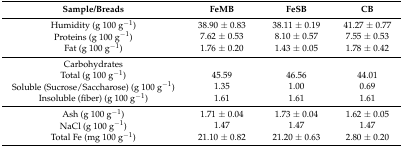
<table><thead><tr><td><b>Sample/Breads</b></td><td><b>FeMB</b></td><td><b>FeSB</b></td><td><b>CB</b></td></tr></thead><tbody><tr><td>Humidity (g 100 g<sup>−1</sup>)</td><td>38.90 ± 0.83</td><td>38.11 ± 0.19</td><td>41.27 ± 0.77</td></tr><tr><td>Proteins (g 100 g<sup>−1</sup>)</td><td>7.62 ± 0.53</td><td>8.10 ± 0.57</td><td>7.55 ± 0.53</td></tr><tr><td>Fat (g 100 g<sup>−1</sup>)</td><td>1.76 ± 0.20</td><td>1.43 ± 0.05</td><td>1.78 ± 0.42</td></tr><tr><td>Carbohydrates</td><td></td><td></td><td></td></tr><tr><td>Total (g 100 g<sup>−1</sup>)</td><td>45.59</td><td>46.56</td><td>44.01</td></tr><tr><td>Soluble (Sucrose/Saccharose) (g 100 g<sup>−1</sup>)</td><td>1.35</td><td>1.00</td><td>0.69</td></tr><tr><td>Insoluble (fiber) (g 100 g<sup>−1</sup>)</td><td>1.61</td><td>1.61</td><td>1.61</td></tr><tr><td>Ash (g 100 g<sup>−1</sup>)</td><td>1.71 ± 0.04</td><td>1.73 ± 0.04</td><td>1.62 ± 0.05</td></tr><tr><td>NaCl (g 100 g<sup>−1</sup>)</td><td>1.47</td><td>1.47</td><td>1.47</td></tr><tr><td>Total Fe (mg 100 g<sup>−1</sup>)</td><td>21.10 ± 0.82</td><td>21.20 ± 0.63</td><td>2.80 ± 0.20</td></tr></tbody></table>